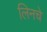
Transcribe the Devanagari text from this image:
लिनचे